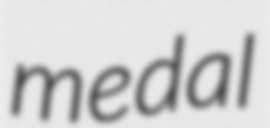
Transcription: medal